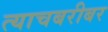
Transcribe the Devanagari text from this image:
त्याचबरीबर